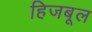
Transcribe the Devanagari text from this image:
हिजबूल